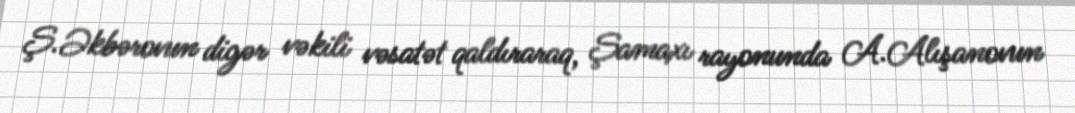
Ş.Əkbərovun digər vəkili vəsatət qaldıraraq, Şamaxı rayonunda A.Alışanovun